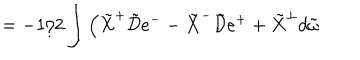
= - 1 / 2 \int \Big ( \tilde { X } ^ { + } \tilde { { \cal D } } e ^ { - } - \tilde { X } ^ { - } \tilde { { \cal D } } e ^ { + } + \tilde { X } ^ { \perp } d \tilde { \omega }